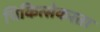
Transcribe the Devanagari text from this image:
चिकित्सेकरता